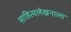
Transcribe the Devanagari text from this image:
साहित्यलेखनाला